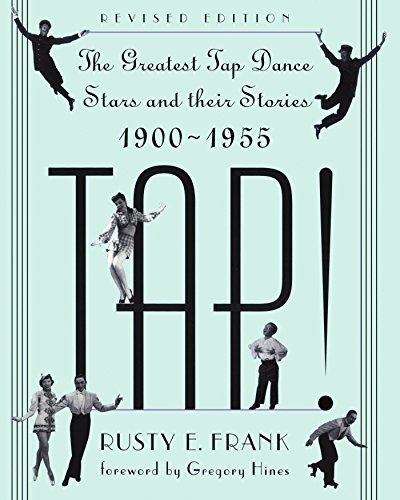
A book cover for TAP! The Greatest Tap Dance Stars and Their Stories 1900-1955; Rusty Frank; Biographies & Memoirs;